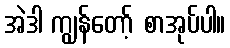
အဲဒါ ကျွန်တော့် စာအုပ်ပါ။